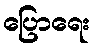
ပြောရေး